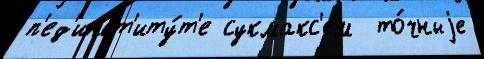
п'ед'инст'иту́т'е сукмакс'ем  то́чныjе